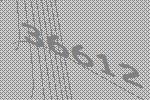
36612